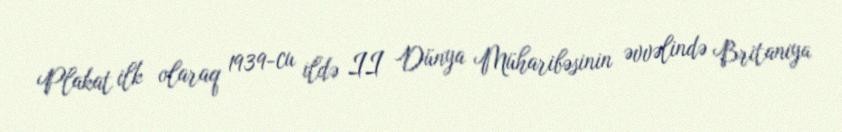
Plakat ilk olaraq 1939-cu ildə II Dünya Müharibəsinin əvvəlində Britaniya